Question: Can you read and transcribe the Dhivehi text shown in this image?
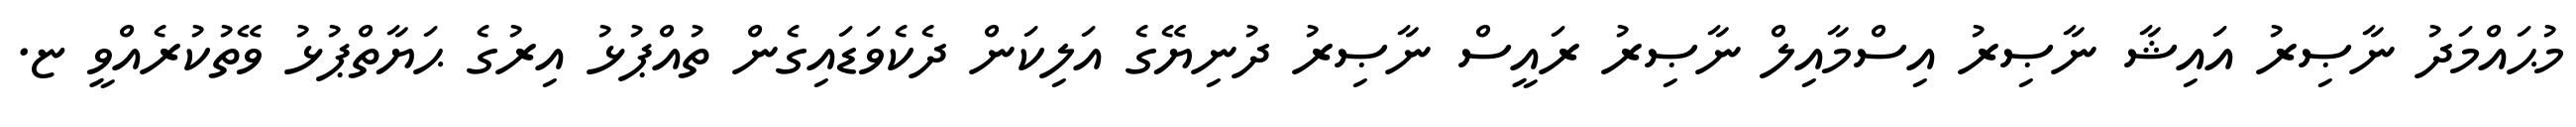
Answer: މުޙައްމަދު ނާޞިރު އައިޝާ ނާޞިރު އިސްމާއިލް ނާޞިރު ރައީސް ނާޞިރު ދުނިޔޭގެ އަލިކަން ދެކެވަޑައިގެން ތުއްޕުޅު އިރުގެ ޙަޔާތްޕުޅު ވޭތުކުރެއްވީ ޏ.